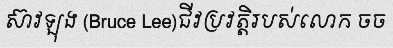
ស៊ាវឡុង (Bruce Lee)ជីវប្រវត្តិរបស់លោក ចច